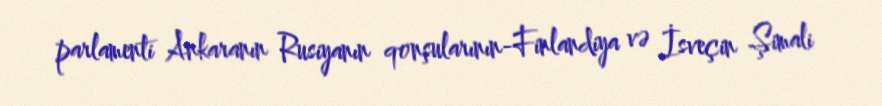
parlamenti Ankaranın Rusiyanın qonşularının-Finlandiya və İsveçin Şimali